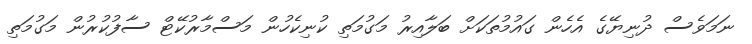
ނަމަވެސް ދުނިޔޭގެ އެހެން ގައުމުތަކަށް ބަލާއިރު މަގުމަތި ކުނިކެހުން މަސްމާރުކޭޓް ސާފުކުރުން މަގުމަތި